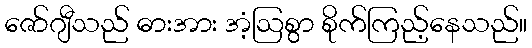
ဇော်ဂျီသည် ဓားအား အံ့ဩစွာ စိုက်ကြည့်နေသည်။